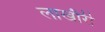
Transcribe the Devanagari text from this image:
लाखौरी